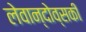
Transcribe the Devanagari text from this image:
लेवान्दोव्सकी